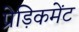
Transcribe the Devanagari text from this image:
प्रेड़िकमेंट